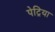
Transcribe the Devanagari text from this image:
पेट्रिया